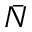
\bar { N }